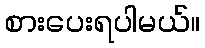
စားပေးရပါမယ်။